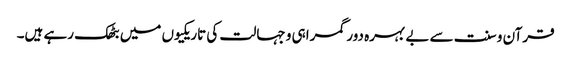
قرآن و سنت سے بے بہرہ دور گمراہی و جہالت کی تاریکیوں میں بٹھک رہے ہیں۔